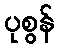
ပုစွန်